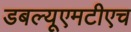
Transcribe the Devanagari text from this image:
डबल्यूएमटीएच